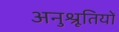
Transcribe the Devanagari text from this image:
अनुश्रूतियों